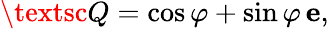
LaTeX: {\textsc{Q}}=\cos\varphi+\sin\varphi\, {\mathbf e},